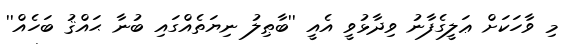
މި ވާހަކަށް ޢަލީގެފާނު ވިދާޅުވީ އެއީ ''ބާޠިލު ނިޔަތެއްގައި ބުނާ ޙައްޤު ބަހެއް''